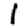
Digit: 1